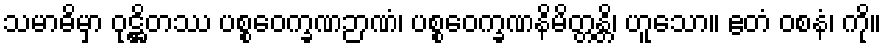
သမာဓိမှာ ဝုဋ္ဌိတဿ ပစ္စဝေက္ခဏဉာဏံ၊ ပစ္စဝေက္ခဏနိမိတ္တန္တိ၊ ဟူသော။ ဧတံ ဝစနံ၊ ကို။